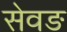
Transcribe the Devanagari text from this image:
सेवङ